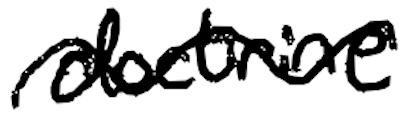
Text: doctrine
Cross-out: wave
Writing tool: digital_black